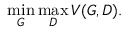
\operatorname* { m i n } _ { G } \operatorname* { m a x } _ { D } V ( G , D ) .